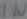
Text: IN